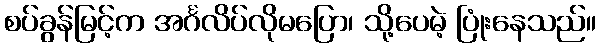
စပ်ခွန်မြင့်က အင်္ဂလိပ်လိုမပြော၊ သို့ပေမဲ့ ပြုံးနေသည်။